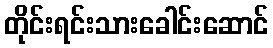
တိုင်းရင်းသားခေါင်းဆောင်